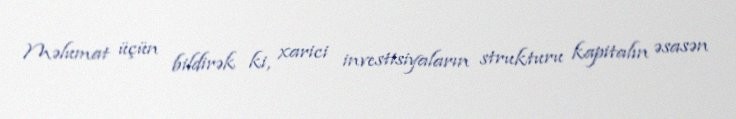
Məlumat üçün bildirək ki, xarici investisiyaların strukturu kapitalın əsasən